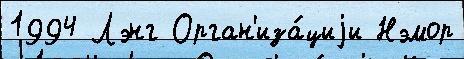
1994 Лэнг Орган'иза́циjи Нэмор